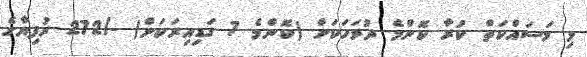
މި މަސައްކަތް ކުރާ ކޮންމެ ދުވަހަކަށް (ކޮންމެ 7 ގަޑިއިރަކަށް) -/272 ރުފިޔާގެ